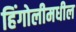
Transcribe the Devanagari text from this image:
हिंगोलीमधील